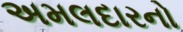
અમલદારનો